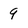
Character: 9